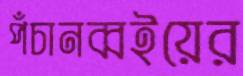
পঁচানব্বইয়ের